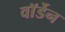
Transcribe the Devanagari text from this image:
वाॅर्डेन